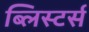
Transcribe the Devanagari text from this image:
ब्लिस्टर्स